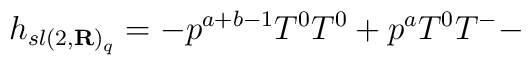
h_{{sl(2,{\bf R})}_q} = - p^{a+b-1}T^0 T^0  + p^a T^0 T^- -